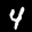
Label: 4